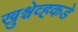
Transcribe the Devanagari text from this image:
ख्रुश्चेव्हकडे